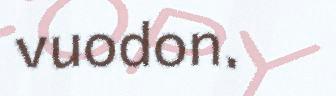
vuodon.